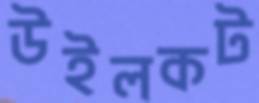
উইলকট